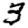
Digit: 3